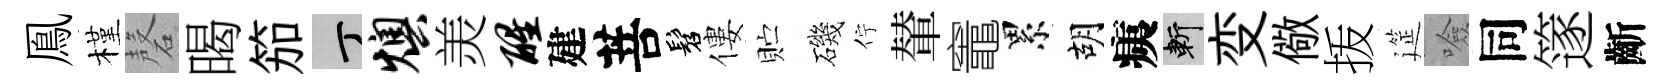
鳯槿磬暍笳丁燠羙醒建菩髫僂贮磯佇輦竈累胡痍斬变儆㧞筵噞同篴齗